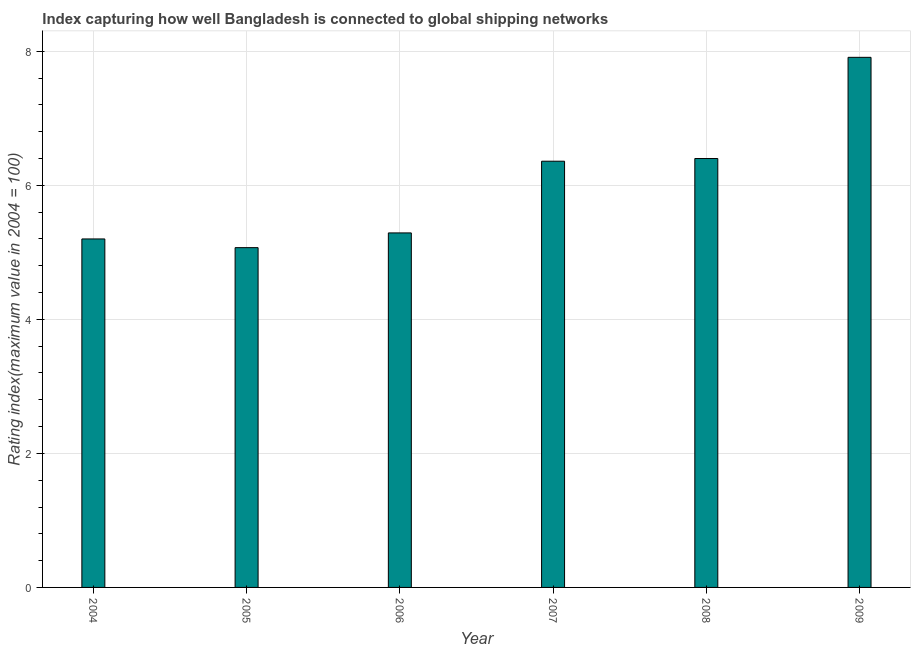
| Year | Liner shipping connectivity index  |
 | --- | --- |
 | 2004 | 5.2 |
 | 2005 | 5.07 |
 | 2006 | 5.29 |
 | 2007 | 6.36 |
 | 2008 | 6.4 |
 | 2009 | 7.91 |